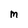
Character: m